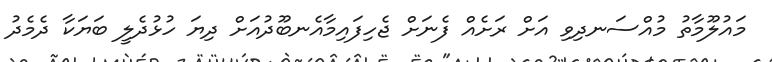
މައުލޫމާތު މުއްސަނދިވި އަށް ރަށެއް ފެނަށް ޖެހިފައިމާއެނބޫދުއަށް ދިޔަ ހުޅުދެލީ ބަޔަކާ ދެމެދު